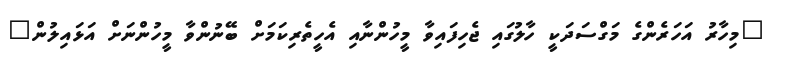
"މިހާރު އަހަރެންގެ މަގްސަދަކީ ހާލުގައި ޖެހިފައިވާ މީހުންނާއި އެހީތެރިކަމަށް ބޭނުންވާ މީހުންނަށް އަޅައިލުން"